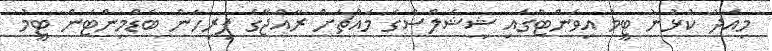
މިއަދު ކުޅުނު ޓީމު އިވެންޓްގައި ޝީޝެލްސްގެ މައްޗަށް ރާއްޖޭގެ ފިރިހެން ބެޑްމިންޓަން ޓީމު